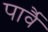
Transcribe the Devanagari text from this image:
पार्वै